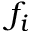
f _ { i }